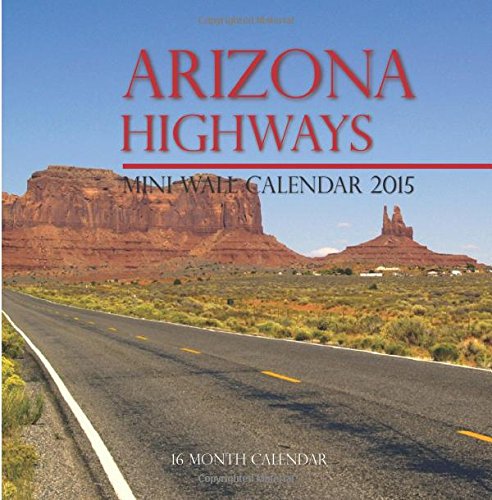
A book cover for Arizona HighWays Mini Wall Calendar 2015: 16 Month Calendar; Sam Hub; Calendars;